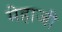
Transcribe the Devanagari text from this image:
मेहाजी